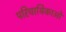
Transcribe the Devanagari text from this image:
परिचायिकाओ